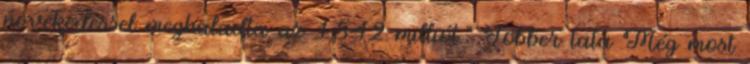
növekedéssel meghaladta az 1,542 milliót." Jobber tata Még most